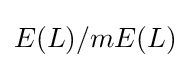
E(L)/mE(L)